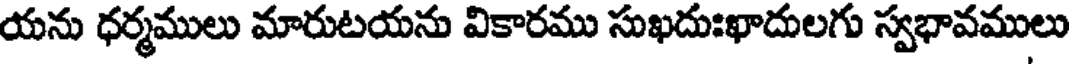
యను ధర్మములు మారుటయను వికారము సుఖదుఃఖాదులగు స్వభావములు